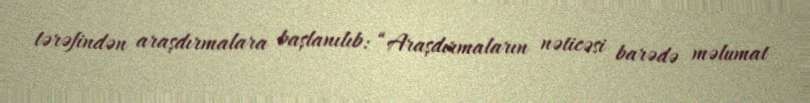
tərəfindən araşdırmalara başlanılıb: “Araşdırmaların nəticəsi barədə məlumat